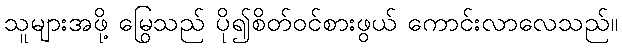
သူများအဖို့ မြွေသည် ပို၍စိတ်ဝင်စားဖွယ် ကောင်းလာလေသည်။